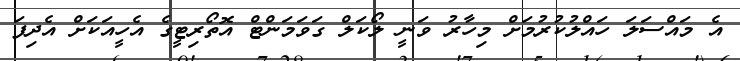
އެ މައްސަލަ ހައްލުކުރުމަށް މިހާރު ވަނީ ލޯކަލް ގަވަމަންޓް އޮތޯރިޓީގެ އެހީއަކަށް އެދިފަ